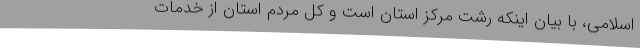
اسلامی، با بیان اینکه رشت مرکز استان است و کل مردم استان از خدمات